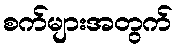
စက်များအတွက်